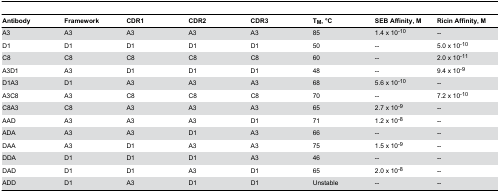
<table><thead><tr><td><b>Antibody</b></td><td><b>Framework</b></td><td><b>CDR1</b></td><td><b>CDR2</b></td><td><b>CDR3</b></td><td><b>T<sub>M</sub>, °C</b></td><td><b>SEB Affinity, M</b></td><td><b>Ricin Affinity, M</b></td></tr></thead><tbody><tr><td>A3</td><td>A3</td><td>A3</td><td>A3</td><td>A3</td><td>85</td><td>1.4 x 10<sup>-10</sup></td><td>--</td></tr><tr><td>D1</td><td>D1</td><td>D1</td><td>D1</td><td>D1</td><td>50</td><td>--</td><td>5.0 x 10<sup>-10</sup></td></tr><tr><td>C8</td><td>C8</td><td>C8</td><td>C8</td><td>C8</td><td>60</td><td>--</td><td>2.0 x 10<sup>-11</sup></td></tr><tr><td>A3D1</td><td>A3</td><td>D1</td><td>D1</td><td>D1</td><td>48</td><td>--</td><td>9.4 x 10<sup>-9</sup></td></tr><tr><td>D1A3</td><td>D1</td><td>A3</td><td>A3</td><td>A3</td><td>68</td><td>5.6 x 10<sup>-10</sup></td><td>--</td></tr><tr><td>A3C8</td><td>A3</td><td>C8</td><td>C8</td><td>C8</td><td>70</td><td>--</td><td>7.2 x 10<sup>-10</sup></td></tr><tr><td>C8A3</td><td>C8</td><td>A3</td><td>A3</td><td>A3</td><td>65</td><td>2.7 x 10<sup>-9</sup></td><td>--</td></tr><tr><td>AAD</td><td>A3</td><td>A3</td><td>A3</td><td>D1</td><td>71</td><td>1.2 x 10<sup>-8</sup></td><td>--</td></tr><tr><td>ADA</td><td>A3</td><td>A3</td><td>D1</td><td>A3</td><td>66</td><td>--</td><td>--</td></tr><tr><td>DAA</td><td>A3</td><td>D1</td><td>A3</td><td>A3</td><td>75</td><td>1.5 x 10<sup>-9</sup></td><td>--</td></tr><tr><td>DDA</td><td>D1</td><td>D1</td><td>D1</td><td>A3</td><td>46</td><td>--</td><td>--</td></tr><tr><td>DAD</td><td>D1</td><td>D1</td><td>A3</td><td>D1</td><td>65</td><td>2.0 x 10<sup>-8</sup></td><td>--</td></tr><tr><td>ADD</td><td>D1</td><td>A3</td><td>D1</td><td>D1</td><td>Unstable</td><td>--</td><td>--</td></tr></tbody></table>